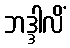
ဘဒ္ဒါလိံ